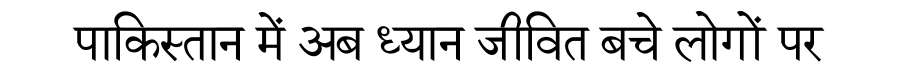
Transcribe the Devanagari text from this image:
पाकिस्तान में अब ध्यान जीवित बचे लोगों पर